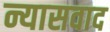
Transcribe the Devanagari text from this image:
न्यासवाद